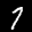
Label: 7